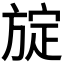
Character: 𪯻